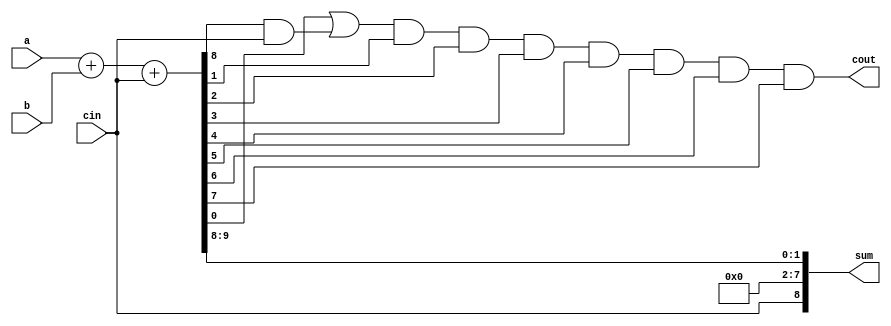
module carry_skip_lookahead_adder (
    input wire [7:0] a,
    input wire [7:0] b,
    input wire cin,
    output wire [8:0] sum,
    output wire cout
);

wire [7:0] p, g;
wire [8:0] c;

assign {p, g} = a + b + cin;

assign c[0] = cin;
assign c[1] = g[0] | (p[0] & cin);
assign c[2] = c[1] & g[1];
assign c[3] = c[2] & g[2];
assign c[4] = c[3] & g[3];
assign c[5] = c[4] & g[4];
assign c[6] = c[5] & g[5];
assign c[7] = c[6] & g[6];
assign c[8] = c[7] & g[7];

assign cout = c[8];
assign sum = {cin, p};

endmodule